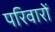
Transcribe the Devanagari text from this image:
परिवारों